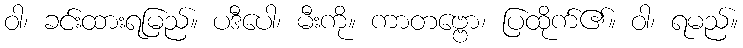
ဝါ၊ ခင်းထားရမြည်။ ပဒီပေါ၊ မီးကို။ ကာတဗ္ဗော၊ ပြထိုက်၏။ ဝါ၊ ရမည်။